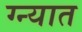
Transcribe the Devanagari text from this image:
ग्न्यात